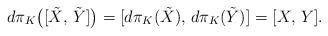
LaTeX: \begin{align*}d\pi_{K}\bigr([\tilde{X},\,\tilde{Y}]\bigr)=[d\pi_{K}(\tilde{X}),\,d\pi_{K}(\tilde{Y})]=[X,\,Y].\end{align*}